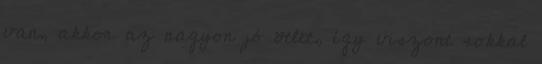
van, akkor az nagyon jó ötlet, így viszont sokkal